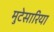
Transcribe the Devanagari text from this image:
मुटेसारिया